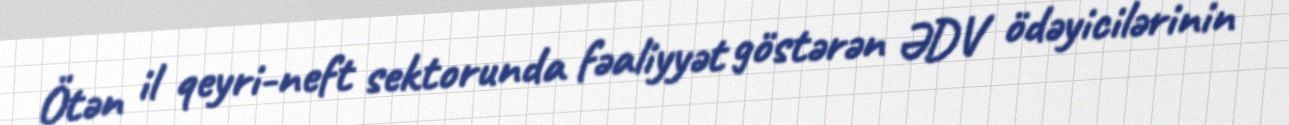
Ötən il qeyri-neft sektorunda fəaliyyət göstərən ƏDV ödəyicilərinin